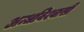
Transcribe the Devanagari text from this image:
अन्धविश्वासी